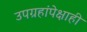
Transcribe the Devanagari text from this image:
उपग्रहांपेक्षाही